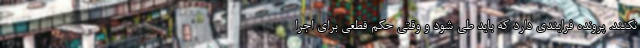
نکنند. پرونده فرایندی دارد که باید طی شود و وقتی حکم قطعی برای اجرا